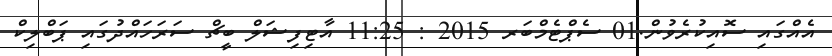
އެއްގައި ސޮއިކުރެވުން.01 ސެޕްޓެމްބަރ 2015 : 11:25 އާޓިފިޝަލް ބީޗް ސަރަހައްދުގައި ޕަބްލިކް